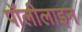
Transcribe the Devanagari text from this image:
पॉलीलाइन